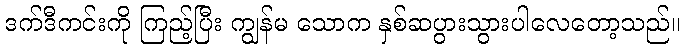
ဒက်ဒီကင်းကို ကြည့်ပြီး ကျွန်မ သောက နှစ်ဆပွားသွားပါလေတော့သည်။